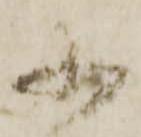
小